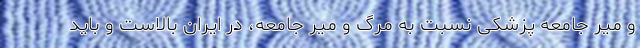
و میر جامعه پزشکی نسبت به مرگ و میر جامعه، در ایران بالاست و باید